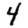
Digit: 4